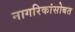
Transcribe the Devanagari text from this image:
नागरिकांसोबत